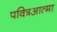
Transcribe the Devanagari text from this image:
पवित्रआत्मा